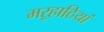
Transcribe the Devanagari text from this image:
मऱ्हाठियां